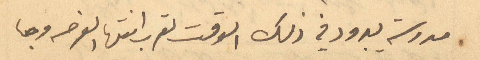
مدرسة يبرود في ذلك الوقت لقرب انتها الفرصه وجا